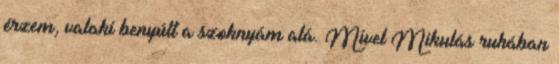
érzem, valaki benyúlt a szoknyám alá. Mivel Mikulás ruhában